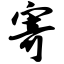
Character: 寄